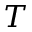
T